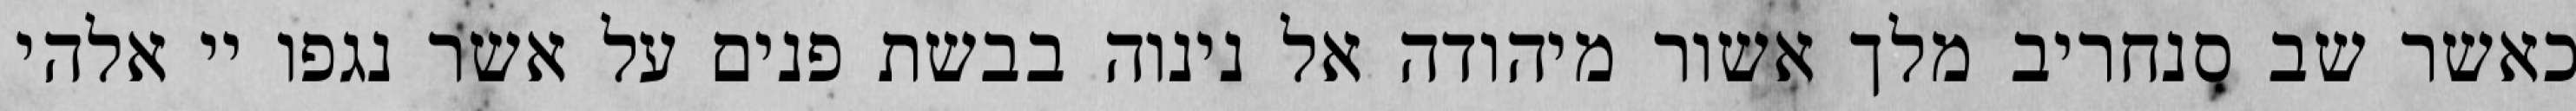
כאשר שב סנחריב מלך אשור מיהודה אל נינוה בבשת פנים על אשר נגפו יי אלהי